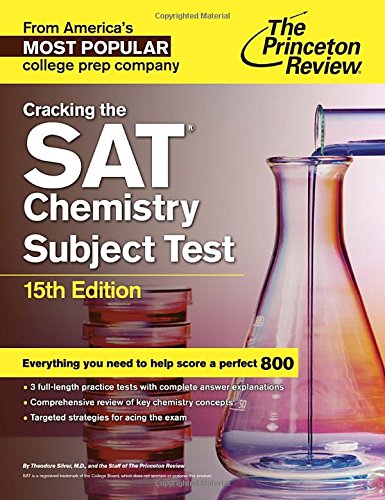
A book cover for Cracking the SAT Chemistry Subject Test, 15th Edition (College Test Preparation); Princeton Review; Test Preparation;